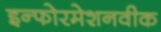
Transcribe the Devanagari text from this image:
इन्फोरमेशनवीक